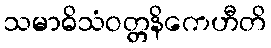
သမာဓိသံဝတ္တနိကေဟီတိ